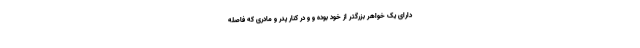
دارای یک خواهر بزرگتر از خود بوده و و در کنار پدر و مادری که فاصله